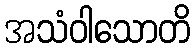
အသံဝါသောတိ